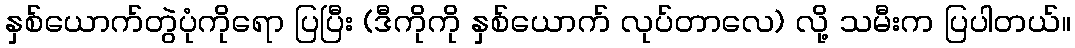
နှစ်ယောက်တွဲပုံကိုရော ပြပြီး (ဒီကိုကို နှစ်ယောက် လုပ်တာလေ) လို့ သမီးက ပြပါတယ်။